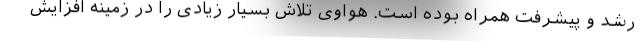
رشد و پیشرفت همراه بوده است. هواوی تلاش بسیار زیادی را در زمینه افزایش